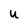
Character: U